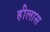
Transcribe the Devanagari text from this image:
हीलास